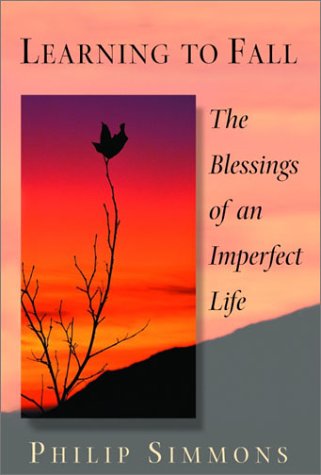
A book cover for Learning to Fall: The Blessings of an Imperfect Life; Philip Simmons; Health, Fitness & Dieting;